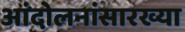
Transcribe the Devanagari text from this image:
आंदोलनांसारख्या